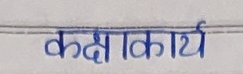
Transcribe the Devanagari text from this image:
कक्षाकार्य